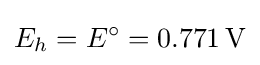
E_{h}=E^{\circ }=0.771\,\mathrm {V}